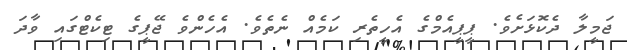
ޖަމީލާ ދެކޮޅަށެވެ. ޕީޕީއެމްގެ އެހީތެރި ކަމެއް ނެތެވެ. އެހެންވެ ޖޭޕީގެ ޓިކެޓްގައި ވާދަ